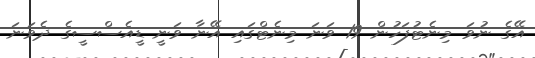
އޭގެ ނުވަ މިނެޓުފަހުން 19 ވަނަ މިނެޓްގައި އޭނާ ވަނީ ޑީއެސްސީގެ ދެވަނަ